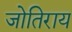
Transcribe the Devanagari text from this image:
जोतिराय